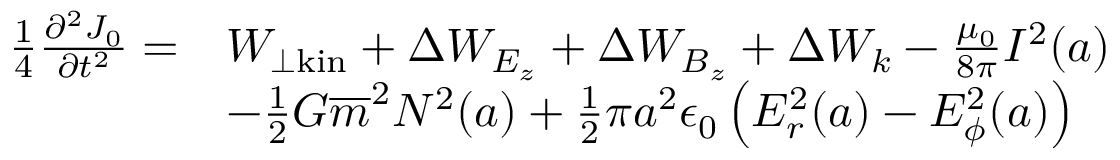
{ \begin{array} { r l } { { \frac { 1 } { 4 } } { \frac { \partial ^ { 2 } J _ { 0 } } { \partial t ^ { 2 } } } = } & { W _ { \perp { \mathrm { k i n } } } + \Delta W _ { E _ { z } } + \Delta W _ { B _ { z } } + \Delta W _ { k } - { \frac { \mu _ { 0 } } { 8 \pi } } I ^ { 2 } ( a ) } \\ & { - { \frac { 1 } { 2 } } G { \overline { { m } } } ^ { 2 } N ^ { 2 } ( a ) + { \frac { 1 } { 2 } } \pi a ^ { 2 } \epsilon _ { 0 } \left( E _ { r } ^ { 2 } ( a ) - E _ { \phi } ^ { 2 } ( a ) \right) } \end{array} }